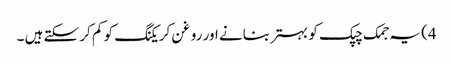
4) یہ جمک چپک کو بہتر بنانے اور روغن کریکنگ کو کم کر سکتے ہیں ۔